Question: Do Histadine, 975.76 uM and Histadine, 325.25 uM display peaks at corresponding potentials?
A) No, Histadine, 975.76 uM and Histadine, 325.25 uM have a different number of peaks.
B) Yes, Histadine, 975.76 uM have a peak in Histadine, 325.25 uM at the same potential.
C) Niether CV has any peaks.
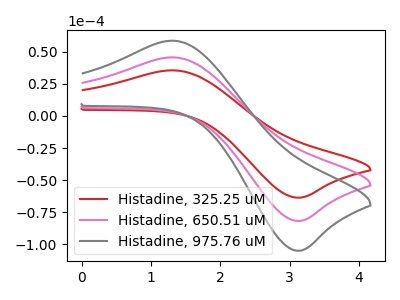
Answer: <think>The red curve "Histadine, 325.25 uM" has an anodic peak at (1.30V, 35.60uA) and a cathodic peak at (3.10V, -63.70uA). The pink curve "Histadine, 650.51 uM" has an anodic peak at (1.30V, 45.70uA) and a cathodic peak at (3.10V, -81.85uA). The gray curve "Histadine, 975.76 uM" has an anodic peak at (1.30V, 91.40uA) and a cathodic peak at (3.10V, -163.65uA).</think>
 <answer>B) Yes, "Histadine, 975.76 uM" have a peak in "Histadine, 325.25 uM" at the same potential.</answer>
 <eval>B</eval>